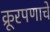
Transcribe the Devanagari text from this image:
क्रूरपणाचे